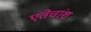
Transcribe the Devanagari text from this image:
एतेचांश